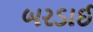
બરડાઈ